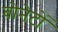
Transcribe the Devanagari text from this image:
बोनेटों